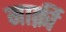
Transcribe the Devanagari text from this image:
मार्क़ी